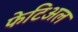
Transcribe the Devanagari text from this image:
फेटिअल